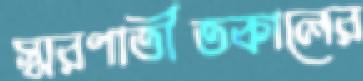
স্মরণাতীতকালের